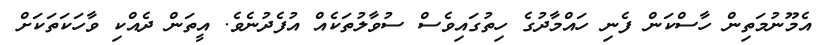
އެމޫނުމަތިން ހާސްކަން ފެނި ހައްމާދުގެ ހިތުގައިވެސް ސުވާލުތަކެއް އުފެދުނެވެ. އީތަން ދެއްކި ވާހަކަތަކަށް